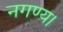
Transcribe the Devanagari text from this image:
नगण्य।